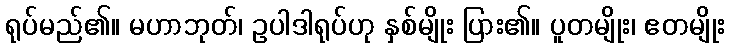
ရုပ်မည်၏။ မဟာဘုတ်၊ ဥပါဒါရုပ်ဟု နှစ်မျိုး ပြား၏။ ပူတမျိုး၊ ဧတမျိုး